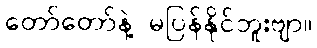
တော်တော်နဲ့ မပြန်နိုင်ဘူးဗျာ။